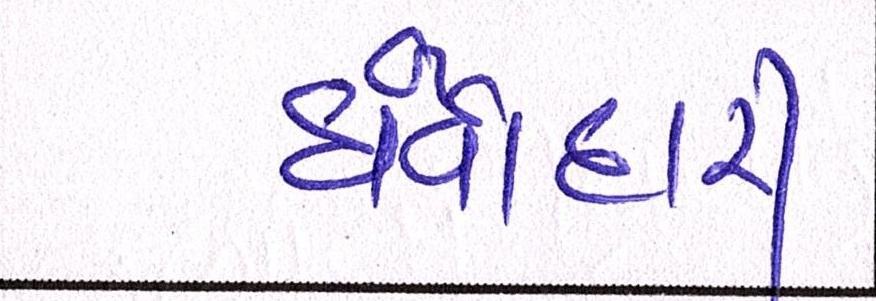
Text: ધંધાદારી